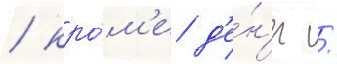
/ кро́м'е д'е́н'ег /